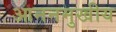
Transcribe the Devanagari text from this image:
आननमुखीय